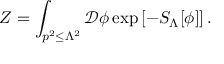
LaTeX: Z = \int _ { p ^ { 2 } \leq \Lambda ^ { 2 } } { \mathcal { D } } \phi \exp \left[ - S _ { \Lambda } [ \phi ] \right] .